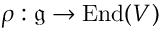
\rho : { \mathfrak { g } } \rightarrow \operatorname { E n d } ( V )